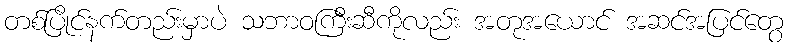
တစ်ပြိုင်နက်တည်းမှာပဲ သဘာဝကြီးဆီကိုလည်း အတုအယောင် အဆင်အပြင်တွေ